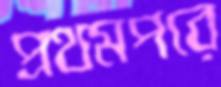
প্রথমপরে